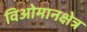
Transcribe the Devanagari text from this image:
विओमानक्षेत्र